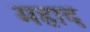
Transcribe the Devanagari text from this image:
महाद